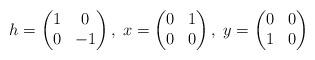
LaTeX: \begin{align*}h=\left( \begin{matrix} 1 & 0 \\ 0 & -1 \end{matrix} \right), \; x=\left( \begin{matrix} 0 & 1 \\ 0 & 0 \end{matrix} \right), \; y=\left( \begin{matrix} 0 & 0 \\ 1 & 0 \end{matrix} \right)\end{align*}